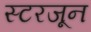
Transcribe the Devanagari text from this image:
स्टरजून